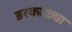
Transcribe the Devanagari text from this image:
डरकाळ्या